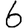
Digit: 6